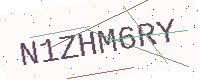
Text: N1ZHM6RY